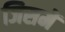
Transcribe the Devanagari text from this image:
जिसमें